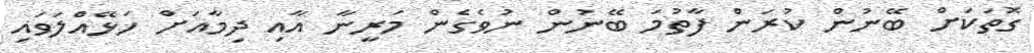
ގޮތަކަށް ބޭނުން ކުރަން ފާތުމަ ބޭނުން ނުވެގެން މަރީނާ އާއި ދިމާއަށް ހަޅޭއްލަވައި